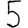
Digit: 5